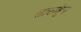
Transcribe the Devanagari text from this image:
तासांहून